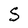
Character: S